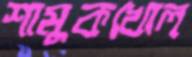
শামুকখোল